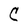
Character: C